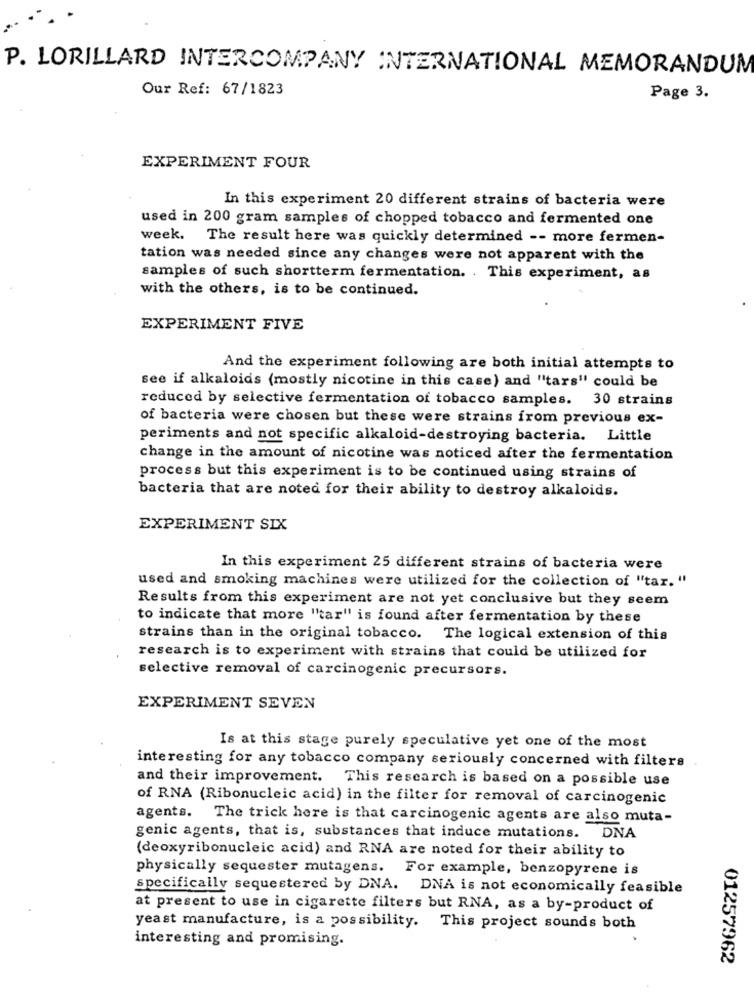
P. LORILLARD INTERCOMPANY INTERNATIONAL MEMORANDUM
Our Ref: 67/1823
Page 3.
EXPERIMENT FOUR
In this experiment 20 different strains of bacteria were
used in 200 gram samples of chopped tobacco and fermented one
week. The result here was quickly determined -- more fermen-
tation was needed since any changes were not apparent with the
samples of such shortterm fermentation. . This experiment, as
with the others, is to be continued.
EXPERIMENT FIVE
And the experiment following are both initial attempts to
see if alkaloids (mostly nicotine in this case) and "tars" could be
reduced by selective fermentation of tobacco samples. 30 strains
of bacteria were chosen but these were strains from previous ex-
periments and not specific alkaloid-destroying bacteria. Little
change in the amount of nicotine was noticed after the fermentation
process but this experiment is to be continued using strains of
bacteria that are noted for their ability to destroy alkaloids.
EXPERIMENT SIX
In this experiment 25 different strains of bacteria were
used and smoking machines were utilized for the collection of "tar. "
Results from this experiment are not yet conclusive but they seem
to indicate that more "tar" is found after fermentation by these
strains than in the original tobacco. The logical extension of this
research is to experiment with strains that could be utilized for
selective removal of carcinogenic precursors.
EXPERIMENT SEVEN
Is at this stage purely speculative yet one of the most
interesting for any tobacco company seriously concerned with filters .
and their improvement. This research is based on a possible use
of RNA (Ribonucleic acid) in the filter for removal of carcinogenic
agents. The trick here is that carcinogenic agents are also muta-
genic agents, that is, substances that induce mutations. DNA
(deoxyribonucleic acid) and RNA are noted for their ability to
physically sequester mutagens. For example, benzopyrene is
specifically sequestered by DNA. DNA is not economically feasible
at present to use in cigarette filters but RNA, as a by-product of
yeast manufacture, is a possibility. This project sounds both
interesting and promising.
01257962